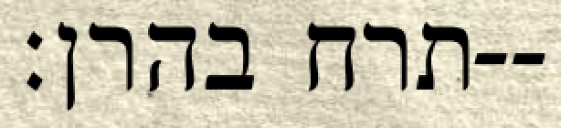
תרח בהרן׃--